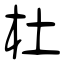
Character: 杜